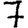
Digit: 7